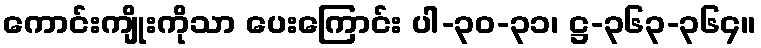
ကောင်းကျိုးကိုသာ ပေးကြောင်း ပါ-၃၀-၃၁၊ ဋ္ဌ-၃၆၃-၃၆၄။